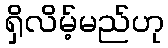
ရှိလိမ့်မည်ဟု